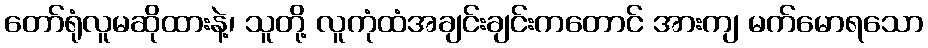
တော်ရုံလူမဆိုထားနဲ့၊ သူတို့ လူကုံထံအချင်းချင်းကတောင် အားကျ မက်မောရသော